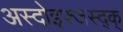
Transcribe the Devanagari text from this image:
अस्दोइफ्जस्द्क्